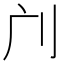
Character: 𠚳